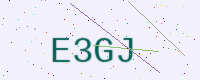
Text: E3GJ